Burma Government Medical School reports 1907-22
Year: 1907
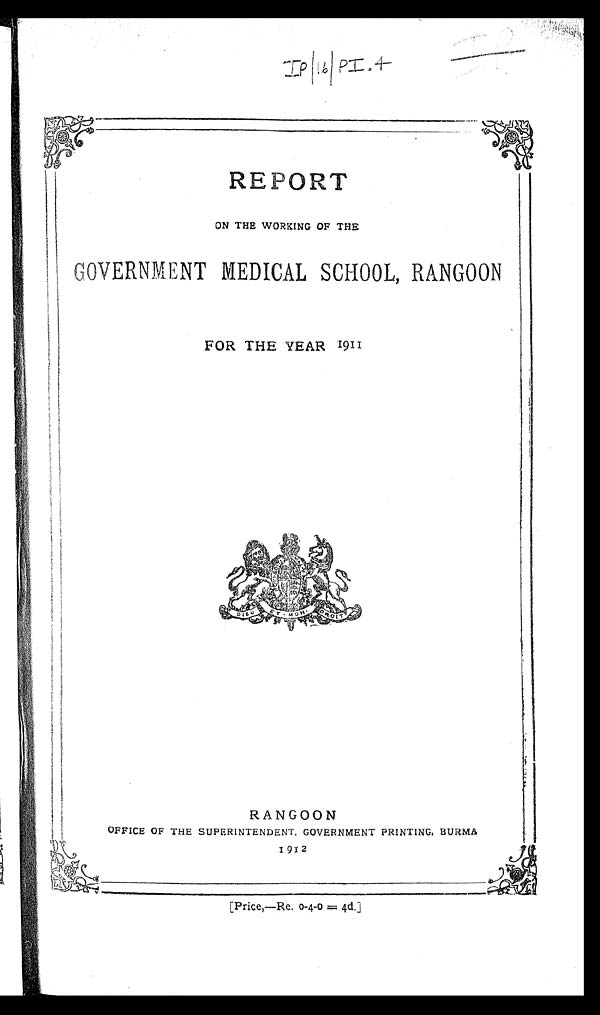
REPORT
ON THE WORKING OF THE
GOVERNMENT MEDICAL SCHOOL, RANGOON
FOR THE YEAR 1911
RANGOON
OFFICE OF THE SUPERINTENDENT, GOVERNMENT PRINTING, BURMA
1912
[Pricer—Re. o-4-0 = 4d.]